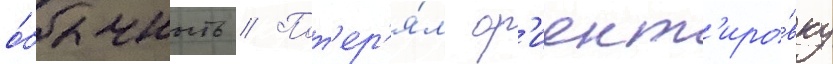
о́блачность // Пот'ер'я́л ор'иент'иро́вку